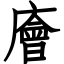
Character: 廥